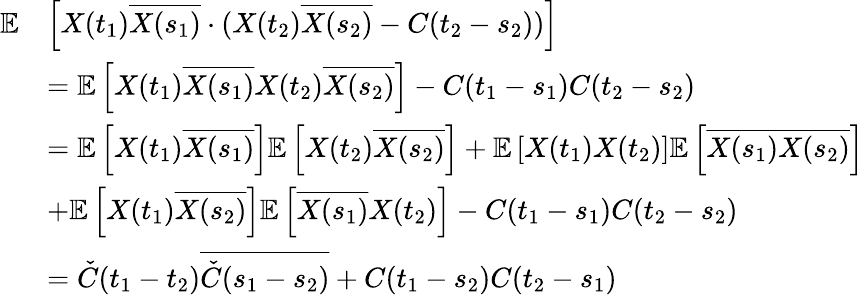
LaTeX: \begin{array}{rl}{\mathbb{E}}&{\left[X(t_{1})\overline{{X(s_{1})}}\cdot(X(t_{2})\overline{{X(s_{2})}}-C(t_{2}-s_{2}))\right]}\\ &{=\mathbb{E}\left[X(t_{1})\overline{{X(s_{1})}}X(t_{2})\overline{{X(s_{2})}}\right]-C(t_{1}-s_{1})C(t_{2}-s_{2})}\\ &{=\mathbb{E}\left[X(t_{1})\overline{{X(s_{1})}}\right]\mathbb{E}\left[X(t_{2})\overline{{X(s_{2})}}\right]+\mathbb{E}\left[X(t_{1})X(t_{2})\right]\mathbb{E}\left[\overline{{X(s_{1})}}\overline{{X(s_{2})}}\right]}\\ &{+\mathbb{E}\left[X(t_{1})\overline{{X(s_{2})}}\right]\mathbb{E}\left[\overline{{X(s_{1})}}X(t_{2})\right]-C(t_{1}-s_{1})C(t_{2}-s_{2})}\\ &{=\check{C}(t_{1}-t_{2})\overline{{\check{C}(s_{1}-s_{2})}}+C(t_{1}-s_{2})C(t_{2}-s_{1})}\end{array}